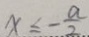
x \leq - \frac { a } { 2 }